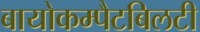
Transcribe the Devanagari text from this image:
बायोकम्पैटबिलटी